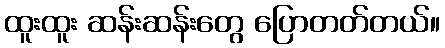
ထူးထူး ဆန်းဆန်းတွေ ပြောတတ်တယ်။